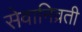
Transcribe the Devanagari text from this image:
सेवानिव्रती